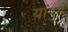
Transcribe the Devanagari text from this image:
यांपुढे